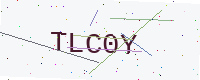
Text: TLC0Y